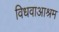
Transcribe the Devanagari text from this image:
विधवाआश्रम